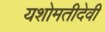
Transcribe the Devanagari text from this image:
यशोमतीदेवी